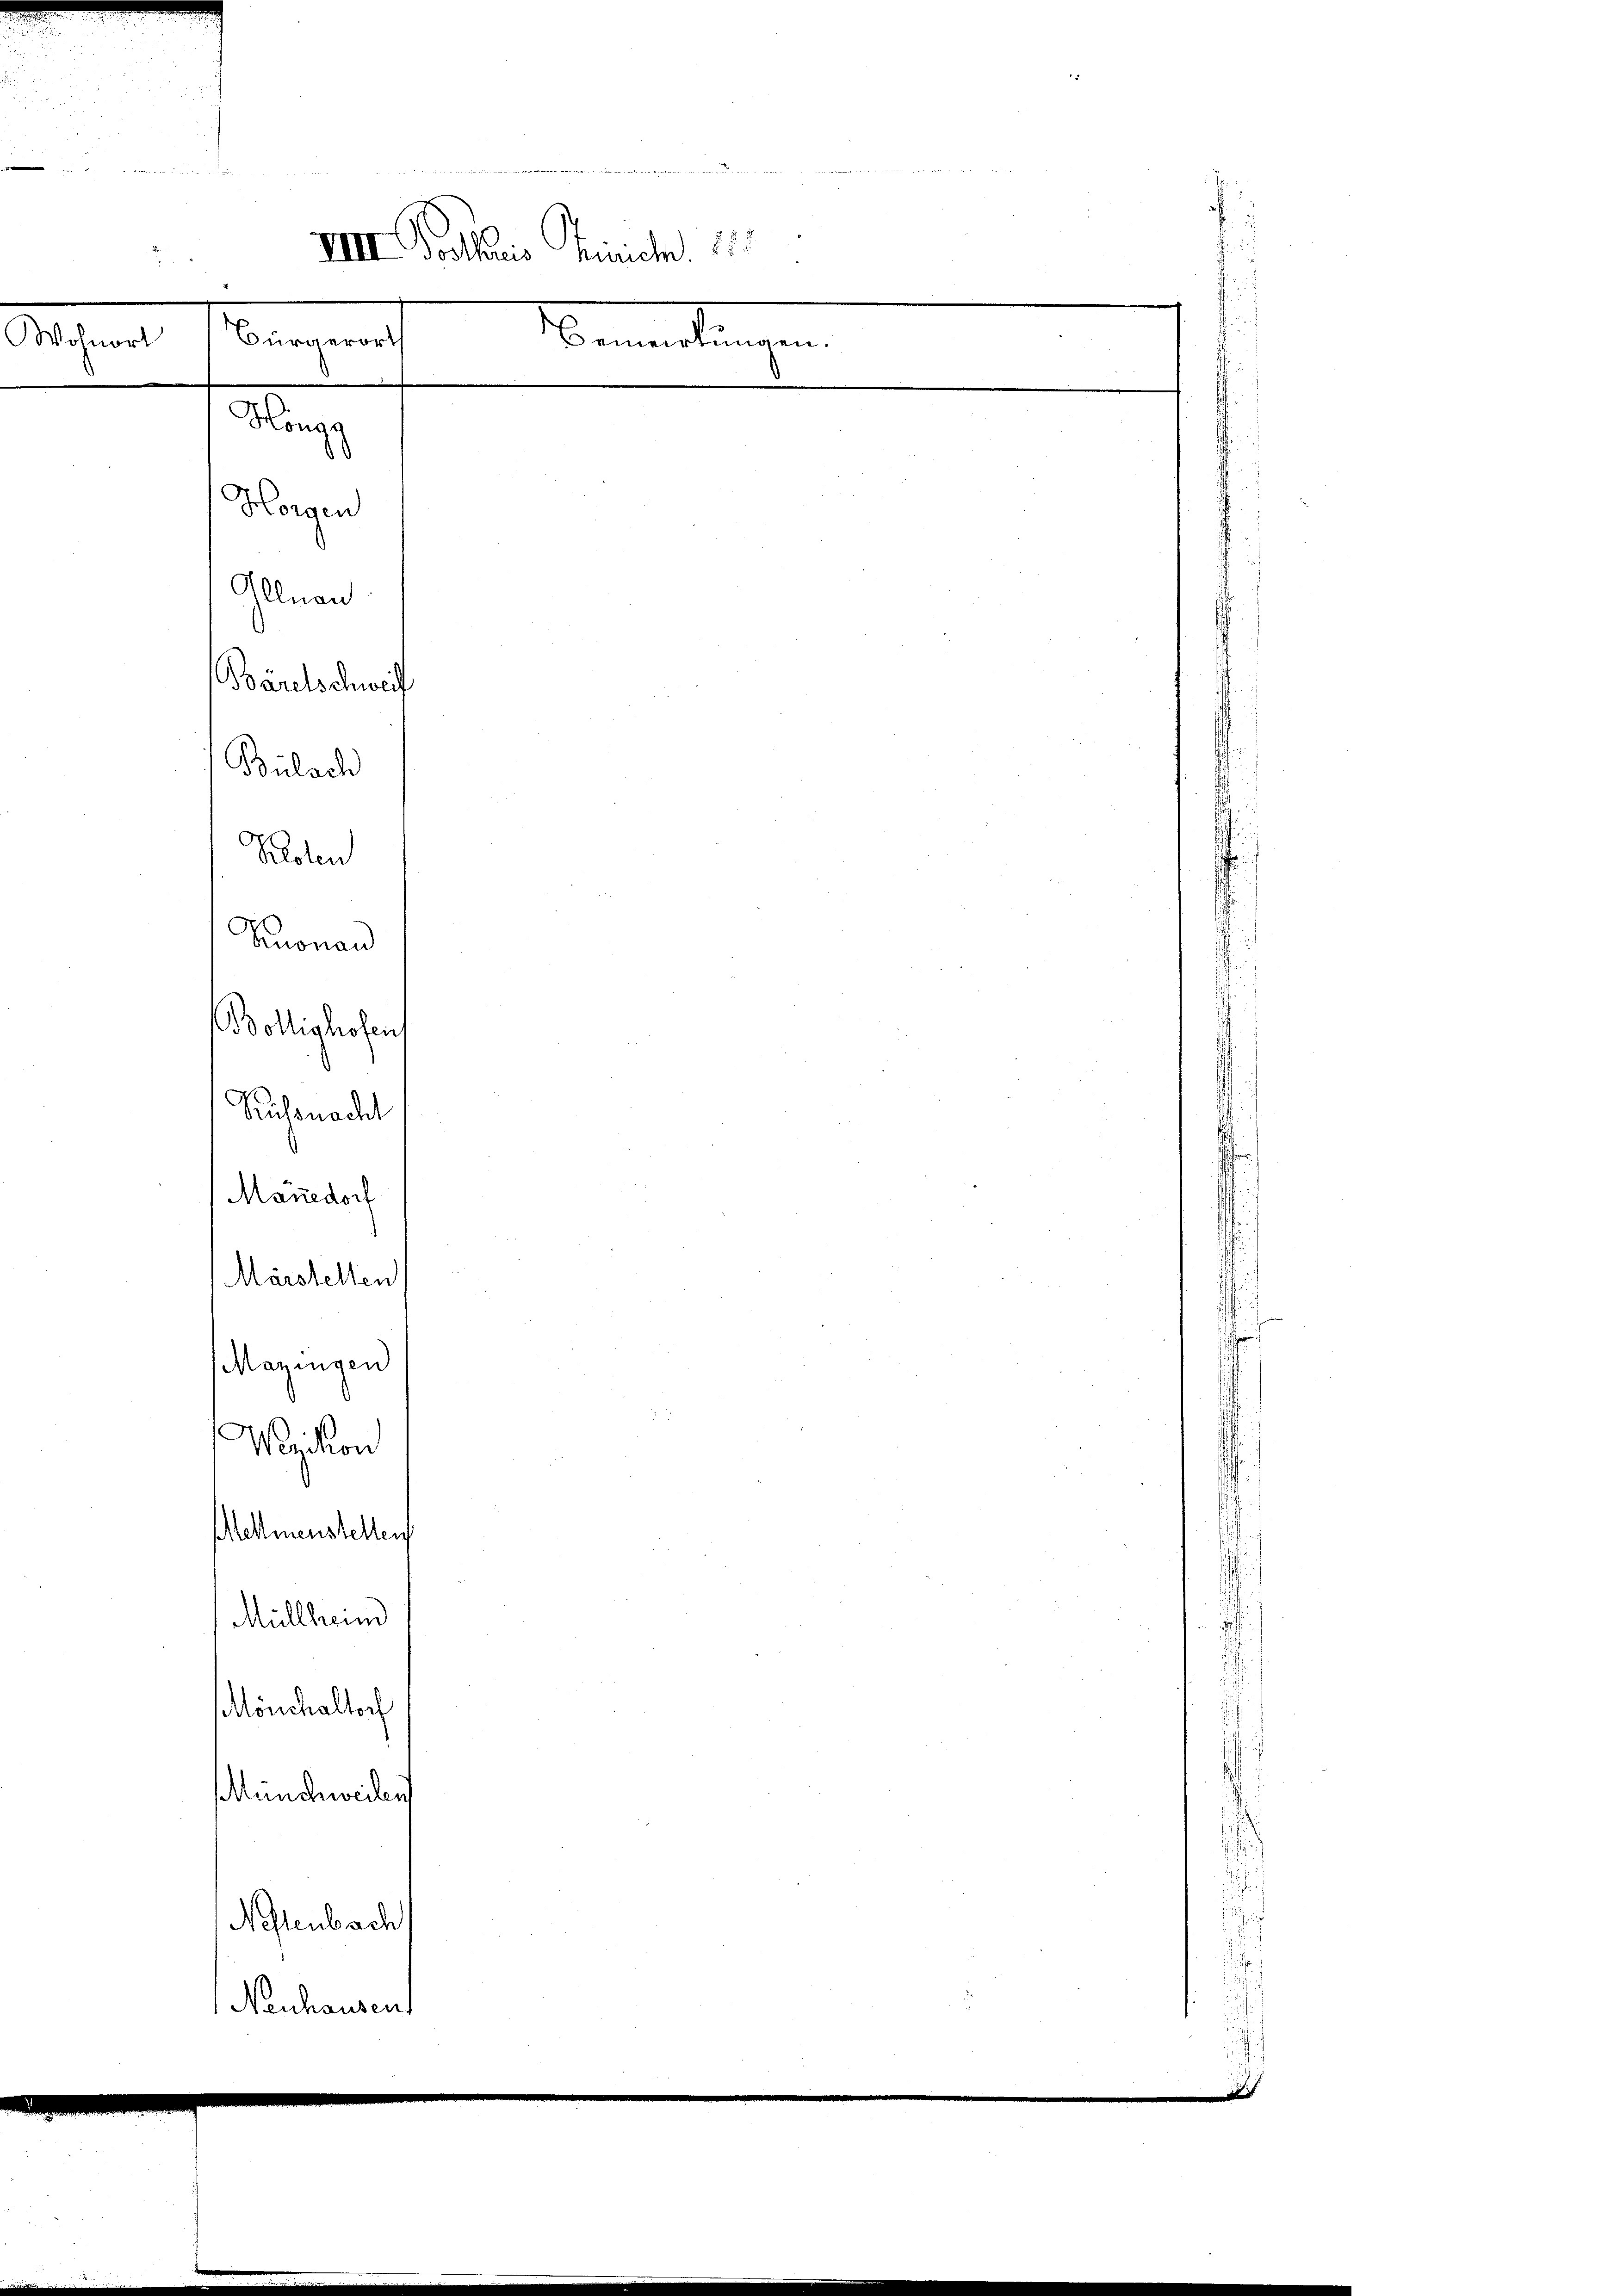
d
IIIII Vortheis Kirich. 187
Bergerich Bernenlangen.
Wohnort

Horgen
Illnau

Höngg

Mönchaltorf
Munchweilen
Nestenbach
Neuhausen

Bäretschweif
Bülach
Kloten
Knonau
öllighofens
Russnacht
Manedorf
Märstellen
Mazingen
Wezikon
Mettmenstellen
Müllheind